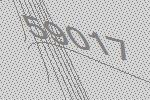
59017